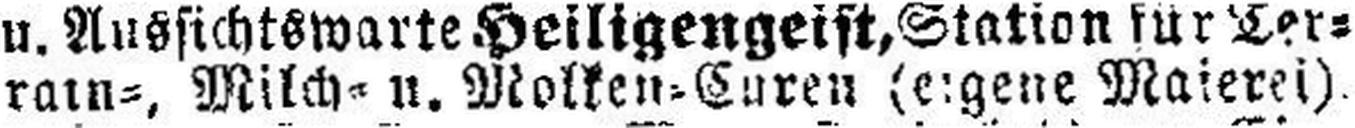
rain=, Milch= u. Molken=Curen (eigene Maierei)